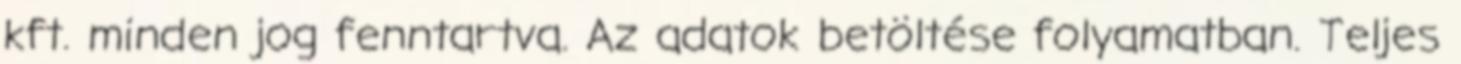
kft. minden jog fenntartva. Az adatok betöltése folyamatban. Teljes